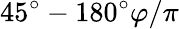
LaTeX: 45^{\circ}-180^{\circ}\varphi/\pi